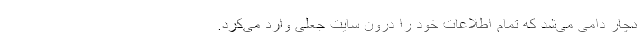
دچار دامی می‌شد که تمام اطلاعات خود را درون سایت جعلی وارد می‌کرد.